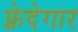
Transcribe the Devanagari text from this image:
फ़्रेदेगार